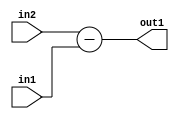
`timescale 1ps / 1ps
/*****************************************************************************
    Verilog RTL Description
    
    
    Created by: Stratus DpOpt 2019.1.01 
*******************************************************************************/

module st_weight_addr_gen_Sub_16Ux6U_17S_4_0 (
	in2,
	in1,
	out1
	); /* architecture "behavioural" */ 
input [15:0] in2;
input [5:0] in1;
output [16:0] out1;
wire [16:0] asc001;

assign asc001 = 
	+(in2)
	-(in1);

assign out1 = asc001;
endmodule

/* CADENCE  ubLzQws= : u9/ySgnWtBlWxVPRXgAZ4Og= ** DO NOT EDIT THIS LINE ******/